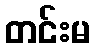
တင်းမ